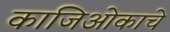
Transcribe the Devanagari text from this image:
काजिओकाचे